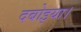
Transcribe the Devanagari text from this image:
दबोइया।